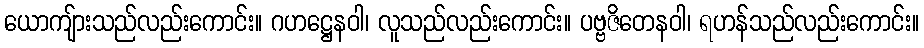
ယောကျ်ားသည်လည်းကောင်း။ ဂဟဋ္ဌေနဝါ၊ လူသည်လည်းကောင်း။ ပဗ္ဗဇိတေနဝါ၊ ရဟန်သည်လည်းကောင်း။